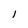
Character: 1